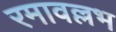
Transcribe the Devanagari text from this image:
रमावल्लभ